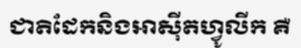
ជាតិដែកនិងអាស៊ីតហ្វូលីក គឺ